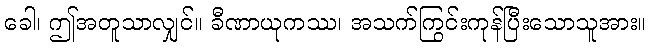
ခေါ၊ ဤအတူသာလျှင်။ ခီဏာယုကဿ၊ အသက်ကြွင်းကုန်ပြီးသောသူအား။